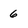
Character: 6